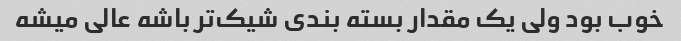
خوب بود ولی یک مقدار بسته بندی شیک‌تر باشه عالی میشه